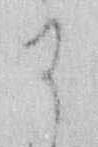
に